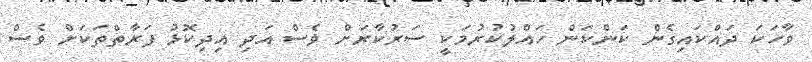
ވާހަކަ ދައްކައިގެން ކަންކަން ހައްލުކުރުމަކީ ސަރުކާރަށް ވެސް އަދި އިދިކޮޅު ފަރާތްތަކަށް ވެސް